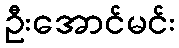
ဦးအောင်မင်း